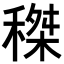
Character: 𥠹